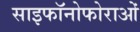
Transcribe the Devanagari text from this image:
साइफॉनोफोराओं